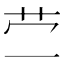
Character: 𰰡